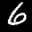
Label: 6